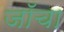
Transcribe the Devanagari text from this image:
जॉचा